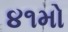
૪૧મો